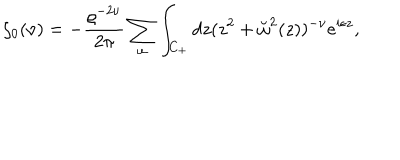
LaTeX: \zeta _ { 0 } ( \nu ) = - { \frac { \varrho ^ { - 2 \nu } } { 2 \pi } } \sum _ { \omega } \int _ { C _ { + } } d z ( z ^ { 2 } + \breve { \omega } ^ { 2 } ( z ) ) ^ { - \nu } e ^ { i \epsilon z } ,